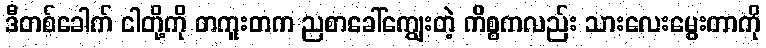
ဒီတစ်ခေါက် ငါတို့ကို တကူးတက ညစာခေါ်ကျွေးတဲ့ ကိစ္စကလည်း သားလေးမွေးတာကို